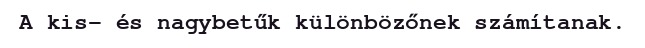
A kis- és nagybetűk különbözőnek számítanak.